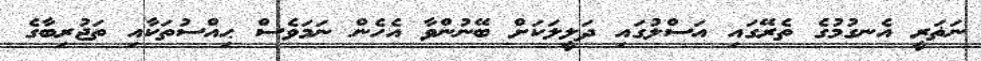
ނަޡަރީ އެނގުމުގެ ތެރޭގައި އަސްލުގައި ދަލީލަކަށް ބޭނުންވާ އެހެން ނަމަވެސް ޙިއްސުތަކާއި ތަޖުރިބާގެ